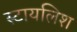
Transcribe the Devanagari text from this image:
स्टायलिश